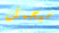
سيحمل